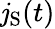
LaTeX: \mathit{j}_{\mathrm{{S}}}(t)